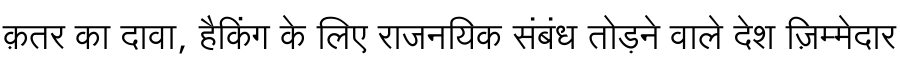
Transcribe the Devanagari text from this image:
क़तर का दावा, हैकिंग के लिए राजनयिक संबंध तोड़ने वाले देश ज़िम्मेदार